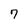
Character: 7